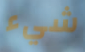
شيء